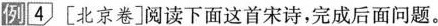
例[4〕[北京卷]阅读下面这首宋诗，完成后面问题。